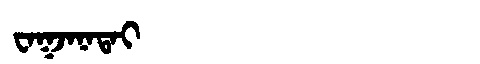
Manchu: ᠸᠠᡴᠵᠠᠨᠠᡨᠠᡳ
Romanization: WAKJANATAI